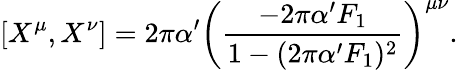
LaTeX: \left[X^{\mu},X^{\nu}\right]=2\pi\alpha^{\prime}\left(\frac{-2\pi\alpha^{\prime}F_{1}}{1-(2\pi\alpha^{\prime}F_{1})^{2}}\right)^{\mu\nu}.